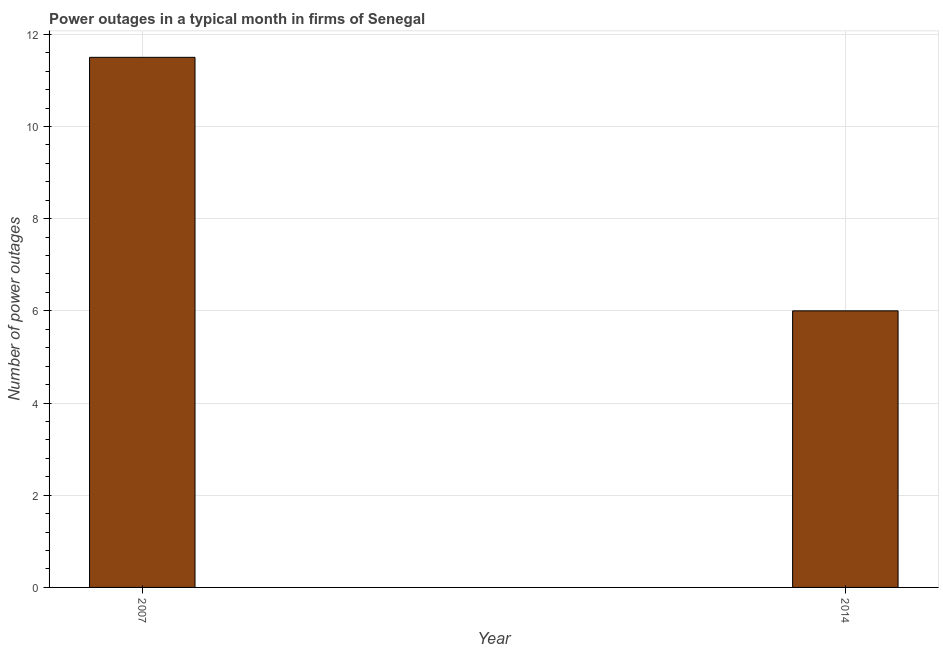
| Year | Power outages |
 | --- | --- |
 | 2007 | 11.5 |
 | 2014 | 6 |